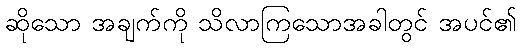
ဆိုသော အချက်ကို သိလာကြသောအခါတွင် အပင်၏